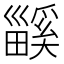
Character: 𤳤